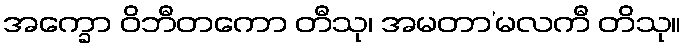
အက္ခော ဝိဘီတကော တီသု၊ အမတာ’မလကီ တိသု။